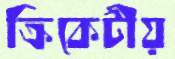
ক্রিকেটীয়